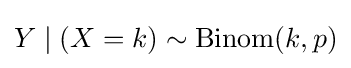
Y\mid (X=k)\sim \mathrm {Binom} (k,p)